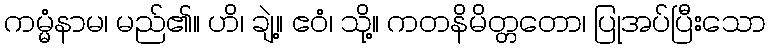
ကမ္မံနာမ၊ မည်၏။ ဟိ၊ ချဲ့။ ဧဝံ၊ သို့။ ကတနိမိတ္တတော၊ ပြုအပ်ပြီးသော